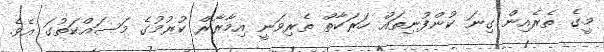
މީގެ ތެރެއިން ގިނަ ކުންފުނިތައް ހަރަކާތް ތެރިވަނީ އިމާރާރް ކުރުމުގެ މަސައްކަތުގަ އެވެ.